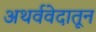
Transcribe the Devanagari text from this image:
अथर्ववेदातून